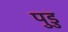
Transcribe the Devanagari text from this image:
पुडु